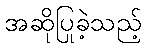
အဆိုပြုခဲ့သည့်